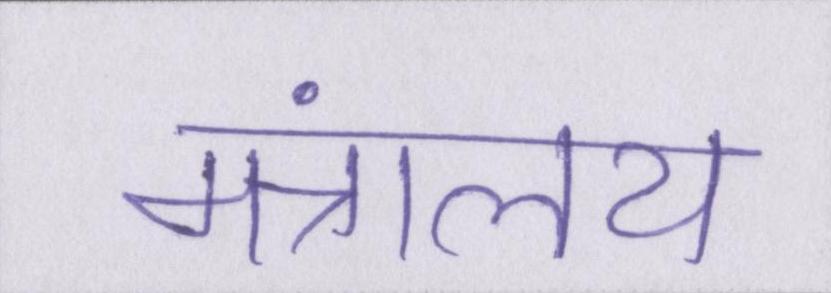
मंत्रालय